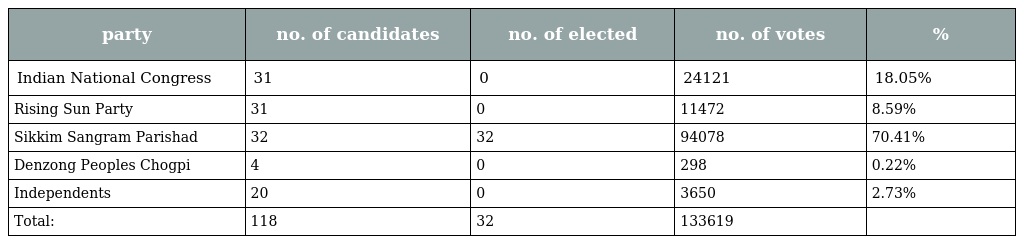
| party | no. of candidates | no. of elected | no. of votes | % |
 | --- | --- | --- | --- | --- |
 | Indian National Congress | 31 | 0 | 24121 | 18.05% |
 | Rising Sun Party | 31 | 0 | 11472 | 8.59% |
 | Sikkim Sangram Parishad | 32 | 32 | 94078 | 70.41% |
 | Denzong Peoples Chogpi | 4 | 0 | 298 | 0.22% |
 | Independents | 20 | 0 | 3650 | 2.73% |
 | Total: | 118 | 32 | 133619 |  |